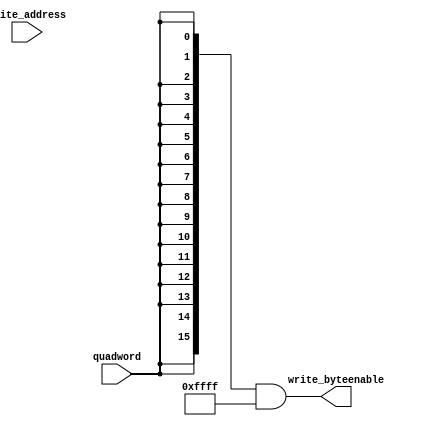
/* dma_engine.v
 * Performs a 128-bit data width DMA of an entire VRAM, using the CPU's local copy as a source
 *   (controlled by src_addr) and the CPU-Facing VRAM as a target.
 *
 * This HDL is modified from the Altera-provided Platform Designer IP altera_avalon_dma.
 * Most notably, it doesn't use registers or an awkward Avalon interface to acccept configuration
 *   data from the vram_dma_controller. It is simply tied to the vram_dma_controller via conduit
 *   (wires).
 * It is also hardwired to perform only Quadword (128-bit) reads from the source.
 * The interrupt mechanism has been replaced with a simple "done" signal which is wired via conduit.
 */

//Legal Notice: (C)2021 Altera Corporation. All rights reserved.  Your
//use of Altera Corporation's design tools, logic functions and other
//software and tools, and its AMPP partner logic functions, and any
//output files any of the foregoing (including device programming or
//simulation files), and any associated documentation or information are
//expressly subject to the terms and conditions of the Altera Program
//License Subscription Agreement or other applicable license agreement,
//including, without limitation, that your use is for the sole purpose
//of programming logic devices manufactured by Altera and sold by Altera
//or its authorized distributors.  Please refer to the applicable
//agreement for further details.

// synthesis translate_off
`timescale 1ns / 1ps
// synthesis translate_on

// turn off superfluous verilog processor warnings 
// altera message_level Level1 
// altera message_off 10034 10035 10036 10037 10230 10240 10030 

module dma_engine_byteenables (
                                      // inputs:
                                       quadword,
                                       write_address,

                                      // outputs:
                                       write_byteenable
                                    )
;

  output  [ 15: 0] write_byteenable;
  input            quadword;
  input   [ 15: 0] write_address;


wire             wa_3_to_0_is_0;
wire             wa_3_to_0_is_1;
wire             wa_3_to_0_is_10;
wire             wa_3_to_0_is_11;
wire             wa_3_to_0_is_12;
wire             wa_3_to_0_is_13;
wire             wa_3_to_0_is_14;
wire             wa_3_to_0_is_15;
wire             wa_3_to_0_is_2;
wire             wa_3_to_0_is_3;
wire             wa_3_to_0_is_4;
wire             wa_3_to_0_is_5;
wire             wa_3_to_0_is_6;
wire             wa_3_to_0_is_7;
wire             wa_3_to_0_is_8;
wire             wa_3_to_0_is_9;
wire    [ 15: 0] write_byteenable;
  assign wa_3_to_0_is_15 = write_address[3 : 0] == 4'hF;
  assign wa_3_to_0_is_14 = write_address[3 : 0] == 4'hE;
  assign wa_3_to_0_is_13 = write_address[3 : 0] == 4'hD;
  assign wa_3_to_0_is_12 = write_address[3 : 0] == 4'hC;
  assign wa_3_to_0_is_11 = write_address[3 : 0] == 4'hB;
  assign wa_3_to_0_is_10 = write_address[3 : 0] == 4'hA;
  assign wa_3_to_0_is_9 = write_address[3 : 0] == 4'h9;
  assign wa_3_to_0_is_8 = write_address[3 : 0] == 4'h8;
  assign wa_3_to_0_is_7 = write_address[3 : 0] == 4'h7;
  assign wa_3_to_0_is_6 = write_address[3 : 0] == 4'h6;
  assign wa_3_to_0_is_5 = write_address[3 : 0] == 4'h5;
  assign wa_3_to_0_is_4 = write_address[3 : 0] == 4'h4;
  assign wa_3_to_0_is_3 = write_address[3 : 0] == 4'h3;
  assign wa_3_to_0_is_2 = write_address[3 : 0] == 4'h2;
  assign wa_3_to_0_is_1 = write_address[3 : 0] == 4'h1;
  assign wa_3_to_0_is_0 = write_address[3 : 0] == 4'h0;
  assign write_byteenable = ({16 {quadword}} & 16'b1111111111111111);

endmodule


// synthesis translate_off
`timescale 1ns / 1ps
// synthesis translate_on

// turn off superfluous verilog processor warnings 
// altera message_level Level1 
// altera message_off 10034 10035 10036 10037 10230 10240 10030 

module dma_engine_fifo_module_fifo_ram_module (
                                                      // inputs:
                                                       clk,
                                                       data,
                                                       rdaddress,
                                                       rdclken,
                                                       reset_n,
                                                       wraddress,
                                                       wrclock,
                                                       wren,

                                                      // outputs:
                                                       q
                                                    )
;

  output  [127: 0] q;
  input            clk;
  input   [127: 0] data;
  input   [  4: 0] rdaddress;
  input            rdclken;
  input            reset_n;
  input   [  4: 0] wraddress;
  input            wrclock;
  input            wren;


reg     [127: 0] mem_array [ 31: 0];
wire    [127: 0] q;
reg     [  4: 0] read_address;

//synthesis translate_off
//////////////// SIMULATION-ONLY CONTENTS
  always @(posedge clk or negedge reset_n)
    begin
      if (reset_n == 0)
          read_address <= 0;
      else if (rdclken)
          read_address <= rdaddress;
    end


  // Data read is synchronized through latent_rdaddress.
  assign q = mem_array[read_address];

  always @(posedge wrclock)
    begin
      // Write data
      if (wren)
          mem_array[wraddress] <= data;
    end



//////////////// END SIMULATION-ONLY CONTENTS

//synthesis translate_on
//synthesis read_comments_as_HDL on
//  always @(rdaddress)
//    begin
//      read_address = rdaddress;
//    end
//
//
//  lpm_ram_dp lpm_ram_dp_component
//    (
//      .data (data),
//      .q (q),
//      .rdaddress (read_address),
//      .rdclken (rdclken),
//      .rdclock (clk),
//      .wraddress (wraddress),
//      .wrclock (wrclock),
//      .wren (wren)
//    );
//
//  defparam lpm_ram_dp_component.lpm_file = "UNUSED",
//           lpm_ram_dp_component.lpm_hint = "USE_EAB=ON",
//           lpm_ram_dp_component.lpm_indata = "REGISTERED",
//           lpm_ram_dp_component.lpm_outdata = "UNREGISTERED",
//           lpm_ram_dp_component.lpm_rdaddress_control = "REGISTERED",
//           lpm_ram_dp_component.lpm_width = 128,
//           lpm_ram_dp_component.lpm_widthad = 5,
//           lpm_ram_dp_component.lpm_wraddress_control = "REGISTERED",
//           lpm_ram_dp_component.suppress_memory_conversion_warnings = "ON";
//
//synthesis read_comments_as_HDL off

endmodule


// synthesis translate_off
`timescale 1ns / 1ps
// synthesis translate_on

// turn off superfluous verilog processor warnings 
// altera message_level Level1 
// altera message_off 10034 10035 10036 10037 10230 10240 10030 

module dma_engine_fifo_module (
                                      // inputs:
                                       clk,
                                       clk_en,
                                       fifo_read,
                                       fifo_wr_data,
                                       fifo_write,
                                       flush_fifo,
                                       inc_pending_data,
                                       reset_n,

                                      // outputs:
                                       fifo_datavalid,
                                       fifo_empty,
                                       fifo_rd_data,
                                       p1_fifo_full
                                    )
;

  output           fifo_datavalid;
  output           fifo_empty;
  output  [127: 0] fifo_rd_data;
  output           p1_fifo_full;
  input            clk;
  input            clk_en;
  input            fifo_read;
  input   [127: 0] fifo_wr_data;
  input            fifo_write;
  input            flush_fifo;
  input            inc_pending_data;
  input            reset_n;


wire    [  4: 0] estimated_rdaddress;
reg     [  4: 0] estimated_wraddress;
wire             fifo_datavalid;
wire             fifo_dec;
reg              fifo_empty;
reg              fifo_full;
wire             fifo_inc;
wire    [127: 0] fifo_ram_q;
wire    [127: 0] fifo_rd_data;
reg              last_write_collision;
reg     [127: 0] last_write_data;
wire    [  4: 0] p1_estimated_wraddress;
wire             p1_fifo_empty;
wire             p1_fifo_full;
wire    [  4: 0] p1_wraddress;
wire    [  4: 0] rdaddress;
reg     [  4: 0] rdaddress_reg;
reg     [  4: 0] wraddress;
wire             write_collision;
  assign p1_wraddress = (fifo_write)? wraddress - 1 :
    wraddress;

  always @(posedge clk or negedge reset_n)
    begin
      if (reset_n == 0)
          wraddress <= 0;
      else if (clk_en)
          if (flush_fifo)
              wraddress <= 0;
          else 
            wraddress <= p1_wraddress;
    end


  assign rdaddress = flush_fifo ? 0 : fifo_read ? (rdaddress_reg - 1) : rdaddress_reg;
  always @(posedge clk or negedge reset_n)
    begin
      if (reset_n == 0)
          rdaddress_reg <= 0;
      else 
        rdaddress_reg <= rdaddress;
    end


  assign fifo_datavalid = ~fifo_empty;
  assign fifo_inc = fifo_write & ~fifo_read;
  assign fifo_dec = fifo_read & ~fifo_write;
  assign estimated_rdaddress = rdaddress_reg - 1;
  assign p1_estimated_wraddress = (inc_pending_data)? estimated_wraddress - 1 :
    estimated_wraddress;

  always @(posedge clk or negedge reset_n)
    begin
      if (reset_n == 0)
          estimated_wraddress <= {5 {1'b1}};
      else if (clk_en)
          if (flush_fifo)
              estimated_wraddress <= {5 {1'b1}};
          else 
            estimated_wraddress <= p1_estimated_wraddress;
    end


  assign p1_fifo_empty = flush_fifo  | ((~fifo_inc & fifo_empty) | (fifo_dec & (wraddress == estimated_rdaddress)));
  always @(posedge clk or negedge reset_n)
    begin
      if (reset_n == 0)
          fifo_empty <= 1;
      else if (clk_en)
          fifo_empty <= p1_fifo_empty;
    end


  assign p1_fifo_full = ~flush_fifo & ((~fifo_dec & fifo_full)  | (inc_pending_data & (estimated_wraddress == rdaddress)));
  always @(posedge clk or negedge reset_n)
    begin
      if (reset_n == 0)
          fifo_full <= 0;
      else if (clk_en)
          fifo_full <= p1_fifo_full;
    end


  assign write_collision = fifo_write && (wraddress == rdaddress);
  always @(posedge clk or negedge reset_n)
    begin
      if (reset_n == 0)
          last_write_data <= 0;
      else if (write_collision)
          last_write_data <= fifo_wr_data;
    end


  always @(posedge clk or negedge reset_n)
    begin
      if (reset_n == 0)
          last_write_collision <= 0;
      else if (write_collision)
          last_write_collision <= -1;
      else if (fifo_read)
          last_write_collision <= 0;
    end


  assign fifo_rd_data = last_write_collision ? last_write_data : fifo_ram_q;
  //dma_engine_fifo_module_fifo_ram, which is an e_ram
  dma_engine_fifo_module_fifo_ram_module dma_engine_fifo_module_fifo_ram
    (
      .clk       (clk),
      .data      (fifo_wr_data),
      .q         (fifo_ram_q),
      .rdaddress (rdaddress),
      .rdclken   (1'b1),
      .reset_n   (reset_n),
      .wraddress (wraddress),
      .wrclock   (clk),
      .wren      (fifo_write)
    );


endmodule


// synthesis translate_off
`timescale 1ns / 1ps
// synthesis translate_on

// turn off superfluous verilog processor warnings 
// altera message_level Level1 
// altera message_off 10034 10035 10036 10037 10230 10240 10030 

module dma_engine_mem_read (
                                   // inputs:
                                    clk,
                                    clk_en,
                                    go,
                                    p1_done_read,
                                    p1_fifo_full,
                                    read_waitrequest,
                                    reset_n,

                                   // outputs:
                                    inc_read,
                                    mem_read_n
                                 )
;

  output           inc_read;
  output           mem_read_n;
  input            clk;
  input            clk_en;
  input            go;
  input            p1_done_read;
  input            p1_fifo_full;
  input            read_waitrequest;
  input            reset_n;


reg              dma_engine_mem_read_access;
reg              dma_engine_mem_read_idle;
wire             inc_read;
wire             mem_read_n;
wire             p1_read_select;
reg              read_select;
  assign mem_read_n = ~read_select;
  always @(posedge clk or negedge reset_n)
    begin
      if (reset_n == 0)
          read_select <= 0;
      else if (clk_en)
          read_select <= p1_read_select;
    end


  assign inc_read = read_select & ~read_waitrequest;
  // Transitions into state 'idle'.
  always @(posedge clk or negedge reset_n)
    begin
      if (reset_n == 0)
          dma_engine_mem_read_idle <= 1;
      else if (clk_en)
          dma_engine_mem_read_idle <= ((dma_engine_mem_read_idle == 1) & (go == 0)) |
                    ((dma_engine_mem_read_idle == 1) & (p1_done_read == 1)) |
                    ((dma_engine_mem_read_idle == 1) & (p1_fifo_full == 1)) |
                    ((dma_engine_mem_read_access == 1) & (read_waitrequest == 0) & (p1_fifo_full == 1)) |
                    ((dma_engine_mem_read_access == 1) & (p1_done_read == 1) & (read_waitrequest == 0));

    end


  // Transitions into state 'access'.
  always @(posedge clk or negedge reset_n)
    begin
      if (reset_n == 0)
          dma_engine_mem_read_access <= 0;
      else if (clk_en)
          dma_engine_mem_read_access <= ((dma_engine_mem_read_idle == 1) & (go == 1) & (p1_done_read == 0) & (p1_fifo_full == 0)) |
                    ((dma_engine_mem_read_access == 1) & (read_waitrequest == 1)) |
                    ((dma_engine_mem_read_access == 1) & (p1_done_read == 0) & (p1_fifo_full == 0) & (read_waitrequest == 0));

    end


  assign p1_read_select = ({1 {((dma_engine_mem_read_access && (read_waitrequest == 1)))}} & 1) |
    ({1 {((dma_engine_mem_read_access && (p1_done_read == 0) && (p1_fifo_full == 0) && (read_waitrequest == 0)))}} & 1) |
    ({1 {((dma_engine_mem_read_idle && (go == 1) && (p1_done_read == 0) && (p1_fifo_full == 0)))}} & 1);


endmodule


// synthesis translate_off
`timescale 1ns / 1ps
// synthesis translate_on

// turn off superfluous verilog processor warnings 
// altera message_level Level1 
// altera message_off 10034 10035 10036 10037 10230 10240 10030 

module dma_engine_mem_write (
    input  wire d1_enabled_write_endofpacket,
    input  wire fifo_datavalid,
    input  wire write_waitrequest,
    output wire fifo_read,
    output wire inc_write,
    output wire mem_write_n,
    output wire write_select
);
    assign write_select = fifo_datavalid & ~d1_enabled_write_endofpacket;
    assign mem_write_n = ~write_select;
    assign fifo_read = write_select & ~write_waitrequest;
    assign inc_write = fifo_read;
endmodule


// synthesis translate_off
`timescale 1ns / 1ps
// synthesis translate_on

// turn off superfluous verilog processor warnings 
// altera message_level Level1 
// altera message_off 10034 10035 10036 10037 10230 10240 10030 

//DMA peripheral dma_engine
//Read slaves:
//hps_0_bridges.f2h_sdram1_data; 
//Write slaves:
//h2f_vram_interface_0.avs_s0; 

module dma_engine (
    input  wire         clk,
    input  wire         system_reset_n,

    // control conduit:
    input  wire [31:0]  dma_engine_src_addr,
    input  wire         dma_engine_start,
    output wire         dma_engine_finish,

    // read_master:
    output wire [31:0]  read_address,
    output wire         read_chipselect,
    output wire         read_read_n,
    input  wire [127:0] read_readdata,
    input  wire         read_readdatavalid,
    input  wire         read_waitrequest,

    // write_master:
    output wire [15:0]  write_address,
    output wire [15:0]  write_byteenable,
    output wire         write_chipselect,
    output wire         write_write_n,
    output wire [127:0] write_writedata,
    input  wire         write_waitrequest

) /* synthesis ALTERA_ATTRIBUTE = "SUPPRESS_DA_RULE_INTERNAL=\"R101\"" */ ;

    wire             clk_en;
    reg              done;
    reg              done_write;
    wire             fifo_datavalid;
    wire             fifo_empty;
    wire    [127: 0] fifo_rd_data;
    wire    [127: 0] fifo_rd_data_as_quadword;
    wire             fifo_read;
    wire    [127: 0] fifo_wr_data;
    wire             fifo_write;
    wire             fifo_write_data_valid;
    wire             flush_fifo;
    wire             inc_read;
    wire             inc_write;
    wire             leen;
    reg     [ 31: 0] length;
    reg              length_eq_0;
    wire             mem_read_n;
    wire             mem_write_n;
    wire             p1_done_read;
    wire             p1_done_write;
    wire             p1_fifo_full;
    wire    [ 31: 0] p1_length;
    wire             p1_length_eq_0;
    wire    [ 31: 0] p1_readaddress;
    wire    [ 15: 0] p1_writeaddress;
    wire    [ 31: 0] p1_writelength;
    wire             p1_writelength_eq_0;
    wire             quadword;
    reg     [ 31: 0] readaddress;
    wire    [  4: 0] readaddress_inc;

    // Internal reset
    wire             reset_n; // originally reg

    // Warning, confusingly named
    reg     [ 15: 0] writeaddress;
    wire    [  4: 0] writeaddress_inc;
    // Write internal wires
    wire             write_select;
    reg     [ 31: 0] writelength;
    reg              writelength_eq_0;

    // custom
    reg started;

    assign clk_en = 1;
    assign fifo_wr_data = read_readdata;

  //write_master, which is an e_avalon_master
  dma_engine_byteenables the_dma_engine_byteenables
    (
      .quadword         (quadword),
      .write_address    (write_address),
      .write_byteenable (write_byteenable)
    );


    assign read_read_n = mem_read_n;

    // ============================
    // === Read Address Control ===
    // ============================
    always @(posedge clk or negedge reset_n) begin
        if (reset_n == 0)
            readaddress <= 32'h0;
        else if (clk_en)
            readaddress <= p1_readaddress;
    end

    assign p1_readaddress = (dma_engine_start && !started) ? dma_engine_src_addr :
                            (inc_read) ? (readaddress + readaddress_inc) : readaddress;

    // =============================
    // === Write Address Control ===
    // =============================
    localparam START_WRADDRESS = 16'h0; // Always starts at 0.
    always @(posedge clk or negedge reset_n) begin
        if (reset_n == 0)
            writeaddress <= 16'h0;
        else if (clk_en) begin
            // is p1_writelength == 0, we are about to end, so do not increment address.
            writeaddress <= (p1_writelength == 0) ? 16'h0 : p1_writeaddress;
        end
    end

    assign p1_writeaddress = (dma_engine_start && !started) ? START_WRADDRESS :
                             (inc_write) ? (writeaddress + writeaddress_inc) : writeaddress;

    // ======================
    // === Length Control ===
    // ======================
    // vram length in bytes
    localparam START_VRAM_LENGTH = 32'hD140;

    // length in bytes
    always @(posedge clk or negedge reset_n) begin
        if (reset_n == 0)
            length <= 32'h0;
        else if (clk_en)
            length <= p1_length;
    end

    assign p1_length = (dma_engine_start && !started) ? START_VRAM_LENGTH :
                       ((inc_read && (!length_eq_0))) ? length - {quadword, 4'b0} : length;

    // ============================================================
    // === Write Master Length Control (Copy of Length Control) ===
    // ============================================================
    // write master length
    always @(posedge clk or negedge reset_n) begin
        if (reset_n == 0)
            writelength <= 32'h0;
        else if (clk_en)
            writelength <= p1_writelength;
        end

    assign p1_writelength = (dma_engine_start && !started) ? START_VRAM_LENGTH :
                            ((inc_write && (!writelength_eq_0))) ? writelength - {quadword, 4'b0} : writelength;

    // ===================================
    // === Write Length Equals 0 Logic ===
    // ===================================
    assign p1_writelength_eq_0 = inc_write && (!writelength_eq_0) && ((writelength  - {quadword, 1'b0, 1'b0, 1'b0, 1'b0}) == 0);
    assign p1_length_eq_0 = inc_read && (!length_eq_0) && ((length  - {quadword, 1'b0, 1'b0, 1'b0, 1'b0}) == 0);

    always @(posedge clk or negedge reset_n) begin
        if (reset_n == 0)
            length_eq_0 <= 1;
        else if (clk_en)
            if (dma_engine_start && !started)
                length_eq_0 <= 0;
            else if (p1_length_eq_0)
                length_eq_0 <= -1;
    end

    always @(posedge clk or negedge reset_n) begin
        if (reset_n == 0)
            writelength_eq_0 <= 1;
        else if (clk_en)
            if (dma_engine_start && !started)
                writelength_eq_0 <= 0;
            else if (p1_writelength_eq_0)
                writelength_eq_0 <= -1;
    end

    // ====================================
    // === Read/Write Address Increment ===
    // ====================================
    // They should always increment with the given settings.
    assign writeaddress_inc = {quadword, 1'b0, 1'b0, 1'b0, 1'b0};
    assign readaddress_inc = {quadword, 1'b0, 1'b0, 1'b0, 1'b0};

    // ===========================
    // === Start and End Logic ===
    // ===========================
    // Only assert done signal for one cycle after being done.
    // Reset state upon starting.
    always @(posedge clk or negedge reset_n) begin
        if (reset_n == 1'b0) begin
            done <= 1'b0;
            started <= 1'b0;
        end
        else if (clk_en) begin
            if (!started && dma_engine_start) begin
                started <= 1'b1;
                done <= 1'b0;
            end
            if (started && done_write) begin
                done <= 1'b1;
                // reset started signal when done. This also ensures done signal is sent only once.
                started <= 1'b0;
            end
            else begin
              done <= 0;
            end
        end
    end


    // ======================================
    // === Hardwired Settings Assignments ===
    // ======================================
    assign leen = 1'b1; // TODO: Just replace with 1 everywhere
    assign quadword = 1'b1;
    assign dma_engine_finish = done;

    // =================
    // === ??? Logic ===
    // =================

    assign flush_fifo = done;
    dma_engine_fifo_module the_dma_engine_fifo_module (
        .clk              (clk),
        .clk_en           (clk_en),
        .fifo_datavalid   (fifo_datavalid),
        .fifo_empty       (fifo_empty),
        .fifo_rd_data     (fifo_rd_data),
        .fifo_read        (fifo_read),
        .fifo_wr_data     (fifo_wr_data),
        .fifo_write       (fifo_write),
        .flush_fifo       (flush_fifo),
        .inc_pending_data (inc_read),
        .p1_fifo_full     (p1_fifo_full),
        .reset_n          (reset_n)
    );

    //the_dma_engine_mem_read, which is an e_instance
    dma_engine_mem_read the_dma_engine_mem_read (
        .clk              (clk),
        .clk_en           (clk_en),
        .go               (started),
        .inc_read         (inc_read),
        .mem_read_n       (mem_read_n),
        .p1_done_read     (p1_done_read),
        .p1_fifo_full     (p1_fifo_full),
        .read_waitrequest (read_waitrequest),
        .reset_n          (reset_n)
    );

    assign fifo_write = fifo_write_data_valid;

    dma_engine_mem_write the_dma_engine_mem_write (
        .d1_enabled_write_endofpacket (1'b0), // we disabled end-of-packet functionality
        .fifo_datavalid               (fifo_datavalid),
        .fifo_read                    (fifo_read),
        .inc_write                    (inc_write),
        .mem_write_n                  (mem_write_n),
        .write_select                 (write_select),
        .write_waitrequest            (write_waitrequest)
    );

    assign p1_done_read = (leen && (p1_length_eq_0 || (length_eq_0))) | p1_done_write;
    assign p1_done_write = (leen && (p1_writelength_eq_0 || writelength_eq_0));

    // Write has completed when the length goes to 0
    always @(posedge clk or negedge reset_n) begin
        if (!reset_n) begin
            done_write <= 1'b1;
        end
        else begin
            done_write <= (!started && dma_engine_start) ? 1'b0 : p1_done_write;
        end
    end

    assign read_address = readaddress;
    assign write_address = writeaddress;
    assign write_chipselect = write_select;
    assign read_chipselect = ~read_read_n;
    assign write_write_n = mem_write_n;

    assign fifo_rd_data_as_quadword = fifo_rd_data[127 : 0];
    assign write_writedata = ({128 {quadword}} & fifo_rd_data_as_quadword);

    assign fifo_write_data_valid = read_readdatavalid;

    assign reset_n = system_reset_n;

endmodule